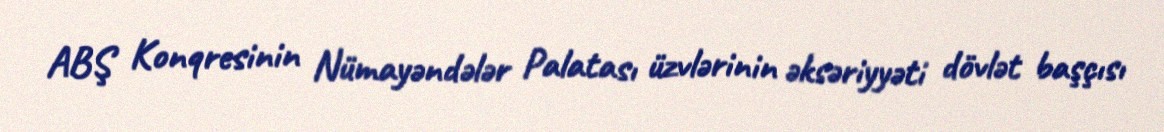
ABŞ Konqresinin Nümayəndələr Palatası üzvlərinin əksəriyyəti dövlət başçısı